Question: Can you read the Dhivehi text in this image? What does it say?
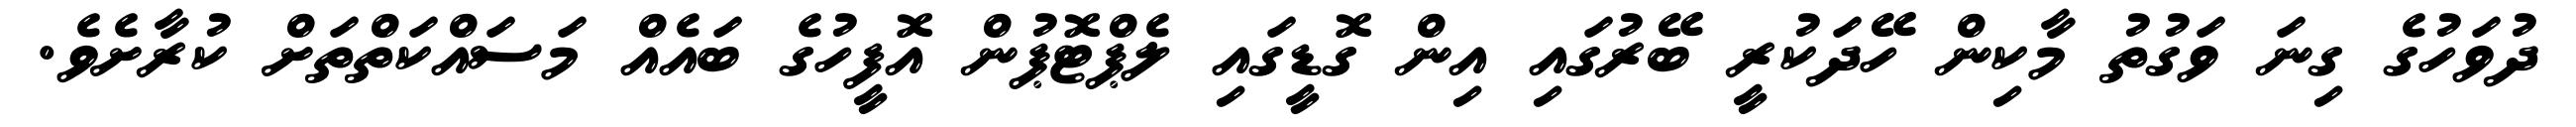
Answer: ދުވަހުގެ ގިނަ ވަގުތު މާކިން ހޭދަކުރީ ބޭރުގައި އިން ގޮޑީގައި ލެޕްޓޮޕުން އޮފީހުގެ ބައެއް މަސައްކަތްތަށް ކުރާށެވެ.